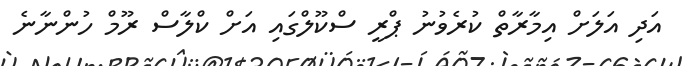
އަދި އަލަށް އިމާރާތް ކުރެވުނު ޕްރީ ސްކޫލްގައި އަށް ކްލާސް ރޫމް ހުންނާނެ